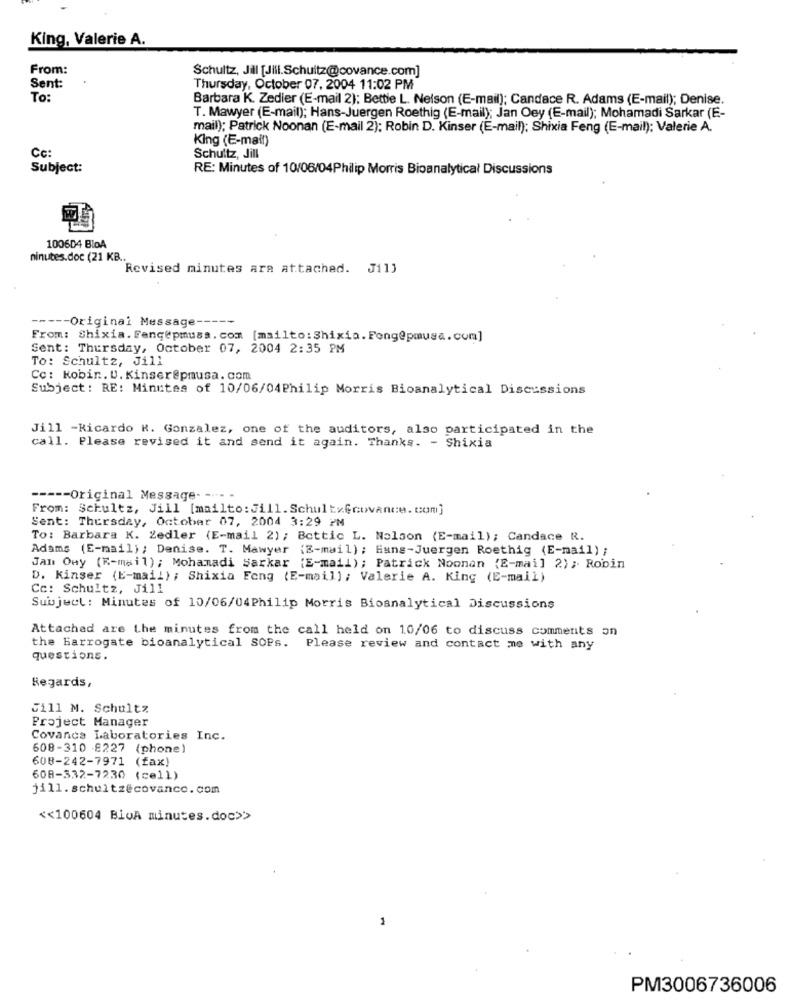
King, Valerie A.
From:
Schultz, Jill [Jill.Schultz@covance.com]
Sent:
Thursday, October 07, 2004 11:02 PM
To:
Barbara K. Zedier (E-mail 2); Bettie L. Nelson (E-mail); Candace R. Adams (E-mail); Denise.
T. Mawyer (E-mail); Hans-Juergen Roethig (E-mail); Jan Oey (E-mail); Mohamadi Sarkar (E-
mail); Patrick Noonan (E-mail 2): Robin D. Kinser (E-mail); Shixia Feng (E-mail); Valerie A.
King (E-mail)
Cc:
Schultz, Jill
Subject:
RE: Minutes of 10/06/04Philip Morris Bioanalytical Discussions
100604 BloA
minutes.doc (21 KB.
Revised minutes are attached. Jill
----- Original Message --
From: Shixia. Fangepmuss. com [mailto: Shixia. Feng@pmusa. com]
Sent: Thursday, October 07, 2004 2:35 PM
To: Schultz, Jill
Cc: Kobin. U. Kinser@pmusa.com
Subject: RE: Minutes of 10/06/04Philip Morris Bioanalytical Discussions
Jill -Ricardo R. Gonzalez, one of the auditors, also participated in the
call. Please revised it and send it again. Thanks. - Shixia
----- Original Message- ---- -
From: Schultz, Jill [mailto: Jill. Schultx@covance. com]
Sent: Thursday, October 07, 2004 3:29 PM
To: Barbara K. Zedler (E-mail 2) ; Bottic L. Nelson (E-mail); Candace R.
Adams (E-mail); Denise. T. Mawyer (E-mail); Hans-Juergen Roethig (E-mail) ;
Jan Ony (E-mail); Mohamadi Sarkar (E-mail); Patrick Noonan {E-mail 2) ;. Robin
D. Kinser (E-mail); Shixia Feng (E-mail); Valerie A. King (E-mail)
Cc: Schultz, Jill
Subject: Minutes of 10/06/04Philip Morris Bioanalytical Discussions
Attached are the minutes from the call held on 10/06 to discuss comments on
the harrogate bioanalytical SOPs. Please review and contact me with any
questions.
Regards,
Jill M. Schultz
Project Manager
Covance Laboratories Inc.
608-310 8227 (phone)
608-242-7971 (fax)
608-332-7230 (cell)
jill.schultzecovanco.com
<< 100604 BioA minutes.doc>>
PM3006736006